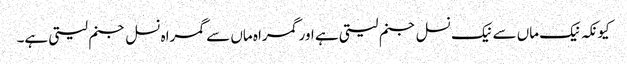
کیونکہ نیک ماں سے نیک نسل جنم لیتی ہے اور گمراہ ماں سے گمراہ نسل جنم لیتی ہے۔